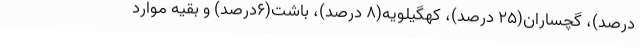
درصد)، گچساران(25 درصد)، کهگیلویه(8 درصد)، باشت(6درصد) و بقیه موارد